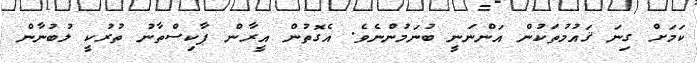
ކަމަށް ގިނަ ޤައުމުތަކުން އަންނަނީ ބުނަމުންނެވެ. އެގޮތުން އީރާން ޕާކިސްތާނު ތުރުކީ ލުބުނާން